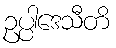
ဥပ္ပါဒေသီတိ